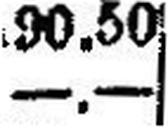
—.—